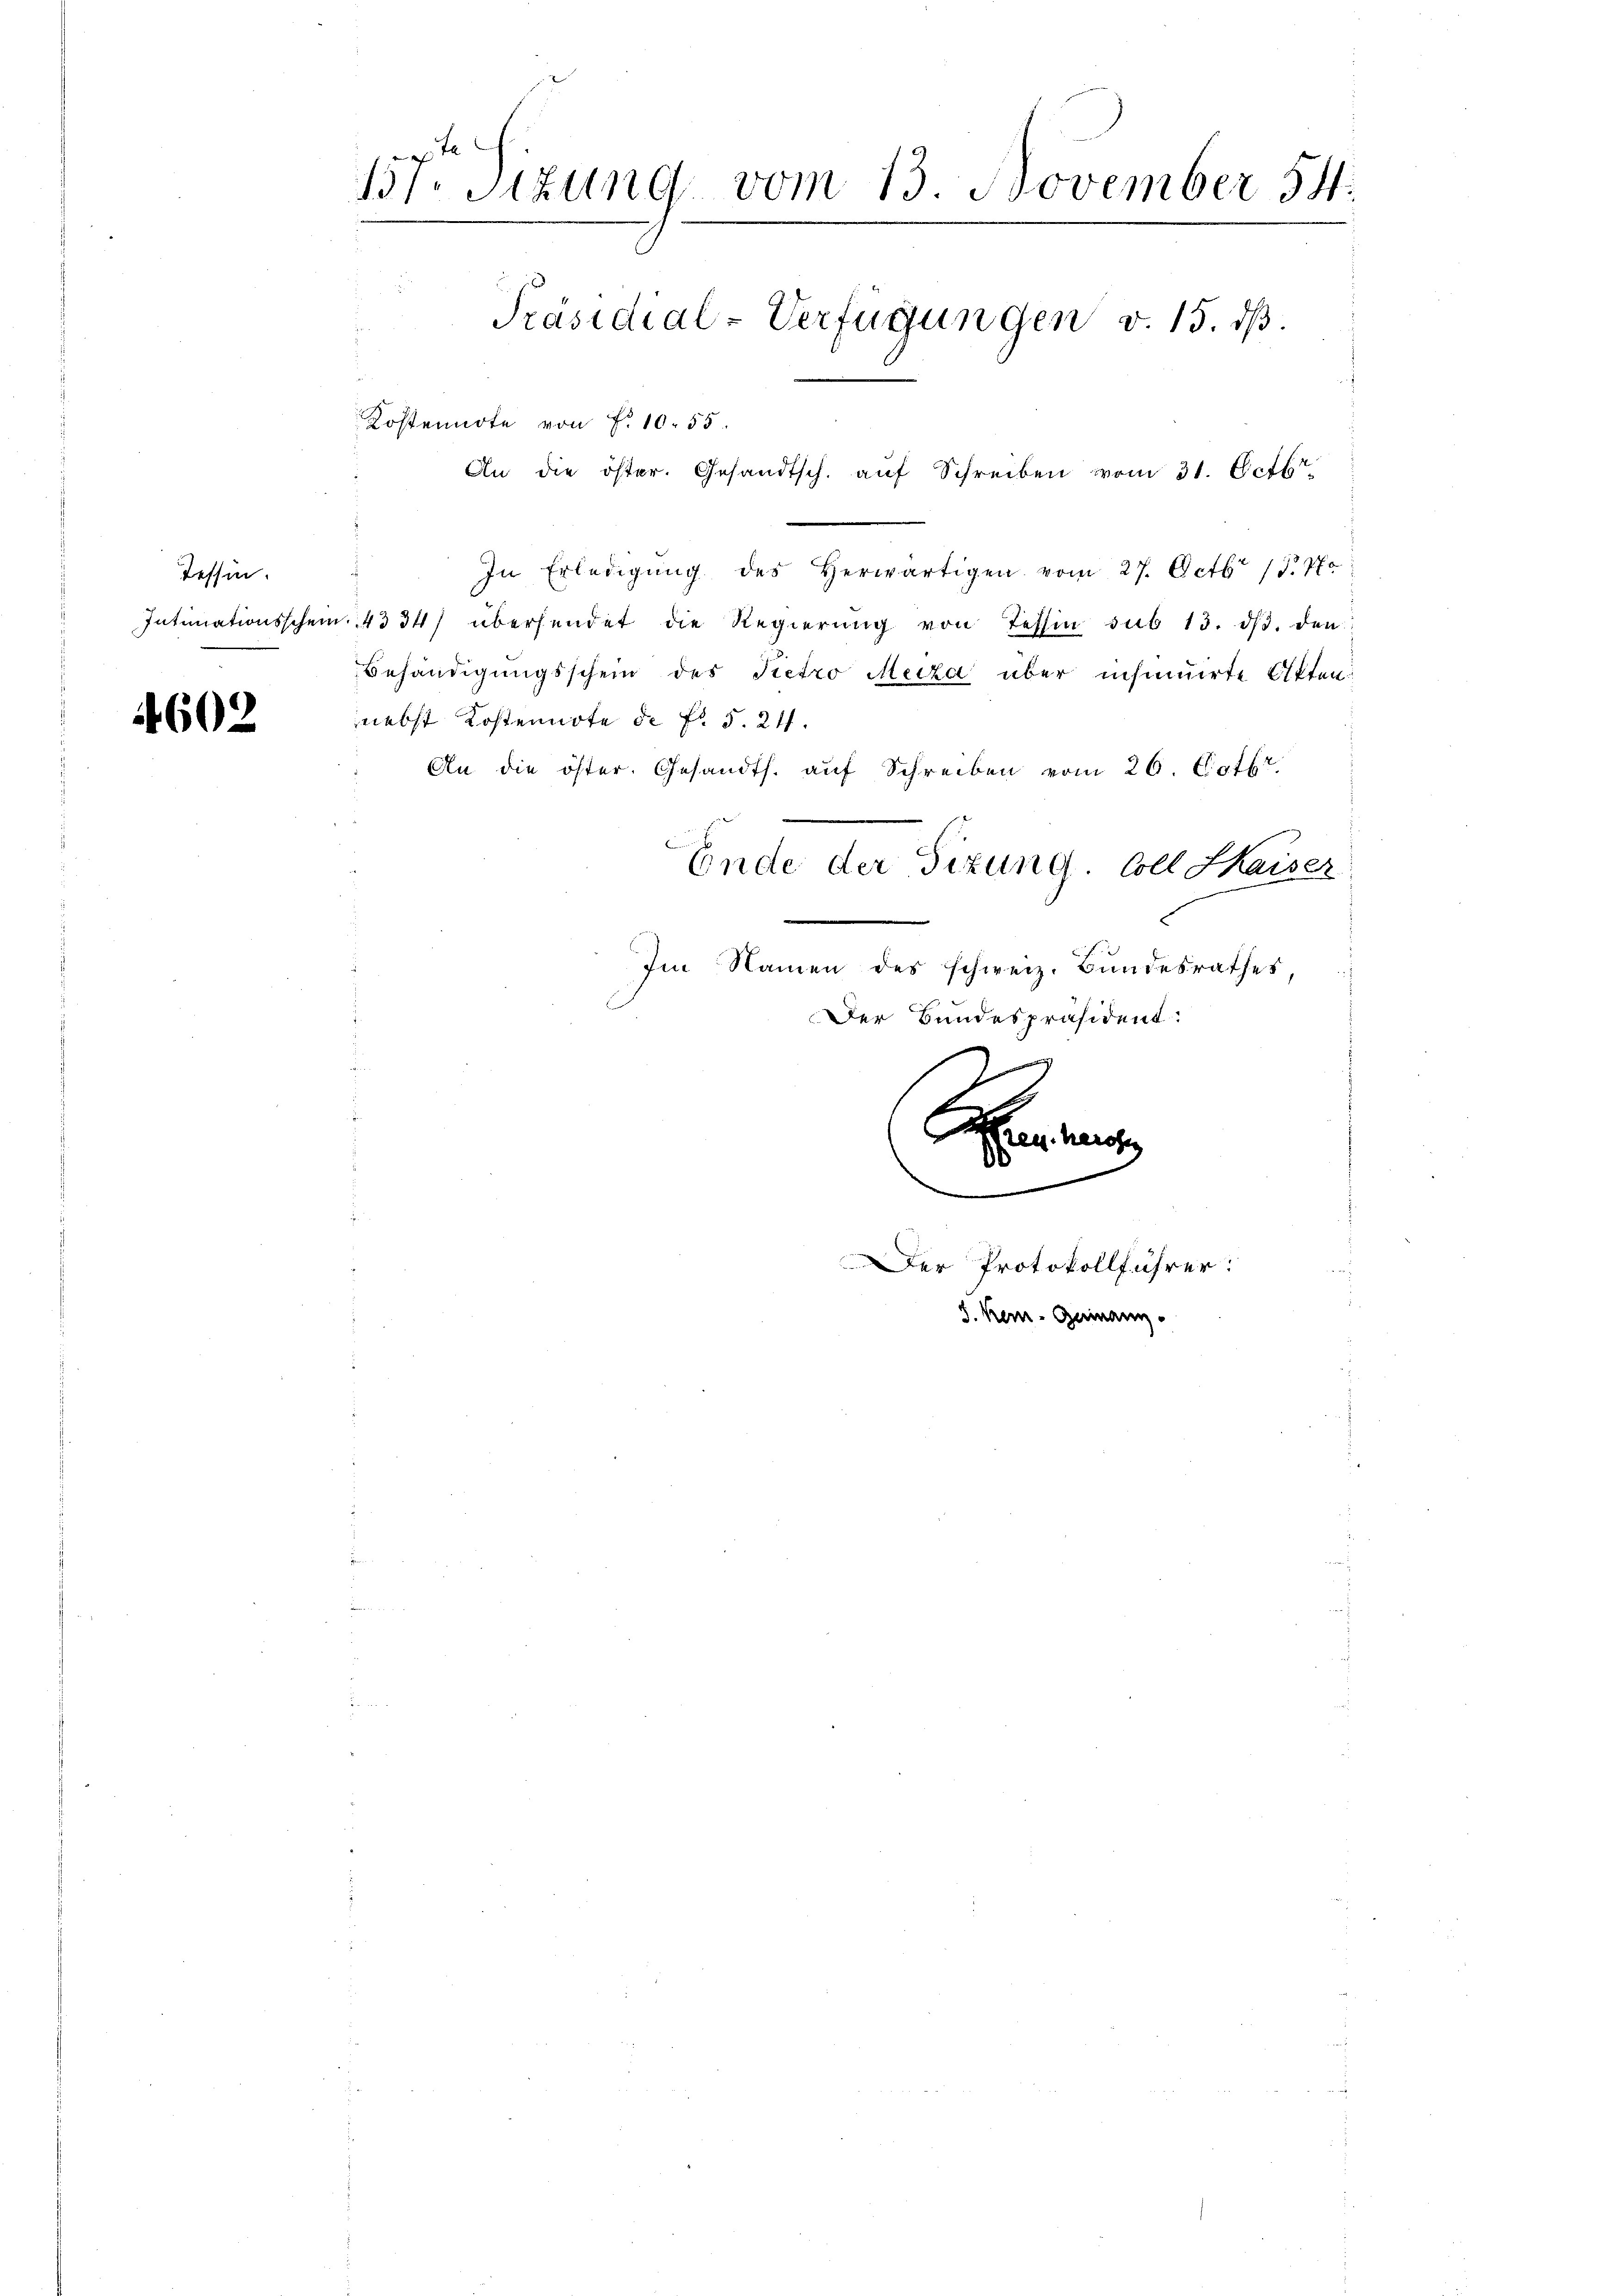
Tessin.
Intimationsschei

4602

t
B1 Sizung vom 13. November 84
Präsidial-Verfügungen v. 15. dβ.
Kostennote von f. 10. 55.
An die öster. Gesandtsch. aŭf Schreiben vom 31. Octbr

In Erledigŭng des Herwärtigen vom 27. Octbr 17770:
.4334) übersendet die Regierŭng von Tessin sub 13. dβ. den
Behändigungsschein des Pietro Merza über insinuirte Akten:
nebst Kostennote de fl. 5. 24.
An die öster. Gesandts. aŭf Schreiben vom 26. Octbr.
Ende der Sizung. Coll Kaiser
l
Im Namen des schweiz. Bundesrathes
Der Bundespräsident:
2
Ahren auch

.
er Protokollführer:
J. Ken-Gerinanz-